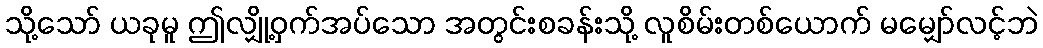
သို့သော် ယခုမူ ဤလျှို့ဝှက်အပ်သော အတွင်းစခန်းသို့ လူစိမ်းတစ်ယောက် မမျှော်လင့်ဘဲ